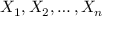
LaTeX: X _ { 1 } , X _ { 2 } , \ldots , X _ { n }